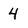
Character: 4